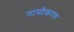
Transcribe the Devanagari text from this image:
नामोकरण